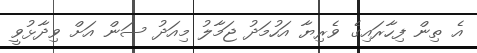
އެ ތިން ފިހާރައިގެ ވެރިޔާ އަހުމަދު ޖަމާލު މިއަދު ސަން އަށް ވިދާޅުވީ